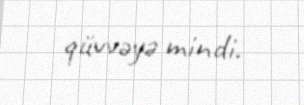
qüvvəyə mindi.